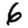
Digit: 6